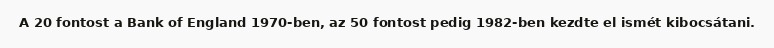
A 20 fontost a Bank of England 1970-ben, az 50 fontost pedig 1982-ben kezdte el ismét kibocsátani.